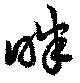
畔